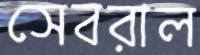
সেবরাল